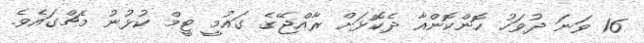
16 ވަނަ ދުވަހު ހޮންކޮންއާ ދެކޮޅަށް ރާއްޖޭގެ ގައުމީ ޓީމް ކުޅުނު މެޗްގައެވެ.